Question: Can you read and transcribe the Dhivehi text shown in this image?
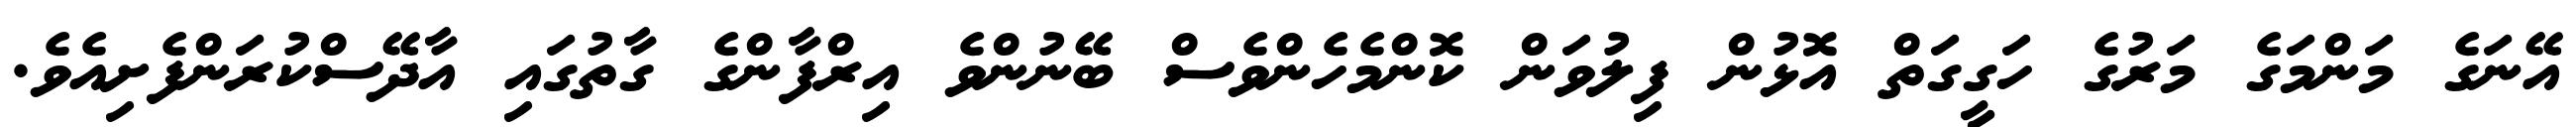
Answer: އޭނަގެ މަންމަގެ މަރުގެ ހަގީގަތް އޮޅުން ފިލުވަން ކޮންމެހެންވެސް ބޭނުންވެ އިރްފާންގެ ގާތުގައި އާދޭސްކުރަންފެށިއެވެ.